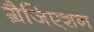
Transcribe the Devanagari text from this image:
ग्रैजिएशन